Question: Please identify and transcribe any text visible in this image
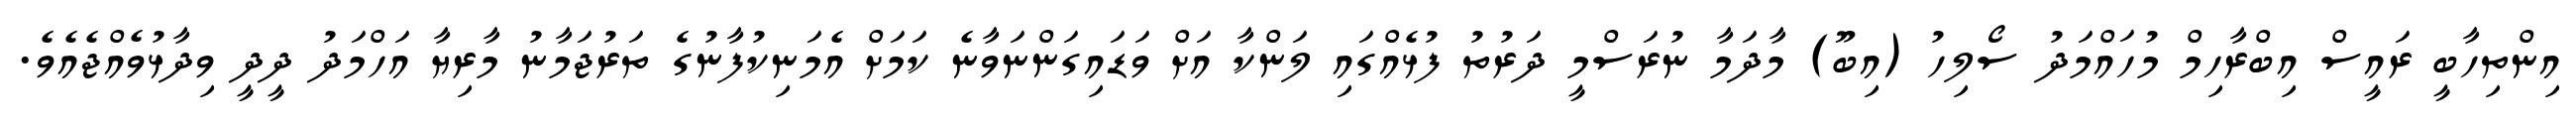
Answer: އިންތިހާބީ ރައީސް އިބްރާހިމް މުހައްމަދު ސޯލިހު (އިބޫ) މާދަމާ ނުރަސްމީ ދަރުތު ފުޅެއްގައި ލަންކާ އަށް ވަޑައިގަންނަވާނެ ކަމަށް އެމަނިކުފާނުގެ ތަރުޖަމާނު މާރިޔާ އަހްމަދު ދީދީ ވިދާޅުވެއްޖެއެވެ.